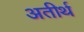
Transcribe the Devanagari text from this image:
अतीर्थ